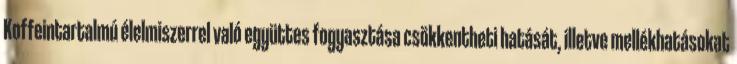
Koffeintartalmú élelmiszerrel való együttes fogyasztása csökkentheti hatását, illetve mellékhatásokat